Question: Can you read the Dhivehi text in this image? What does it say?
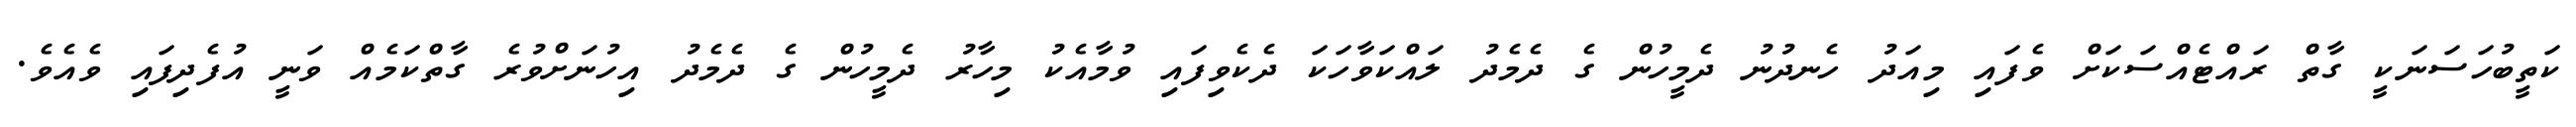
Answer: ކަތީބުހަސަނަކީ ގާތް ރައްޓެއްސަކަށް ވެފައި މިއަދު ހެނދުނު ދެމީހުން ގެ ދެމެދު ލައްކަވާހަކަ ދެކެވިފައި ވުމާއެކު މިހާރު ދެމީހުން ގެ ދެމެދު އިހުނަށްވުރެ ގާތްކަމެއް ވަނީ އުފެދިފައި ވެއެވެ.